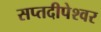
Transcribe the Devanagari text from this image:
सप्तदीपेश्वर